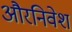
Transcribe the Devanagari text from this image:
औरनिवेश